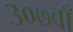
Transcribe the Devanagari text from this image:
३०७वाँ